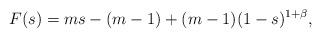
LaTeX: \begin{align*}F(s)=ms-(m-1)+(m-1)(1-s)^{1+\beta},\end{align*}